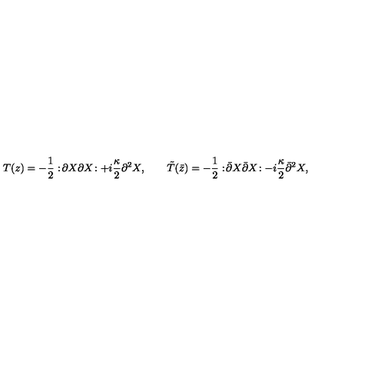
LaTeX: T ( z ) = - \frac { 1 } { 2 } : \! \partial X \partial X \! : + i \frac { \kappa } { 2 } \partial ^ { 2 } X , \qquad \tilde { T } ( \bar { z } ) = - \frac { 1 } { 2 } : \! \bar { \partial } X \bar { \partial } X \! : - i \frac { \kappa } { 2 } \bar { \partial } ^ { 2 } X ,